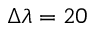
\Delta \lambda = 2 0